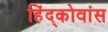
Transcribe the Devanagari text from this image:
हिंद्कोवांस